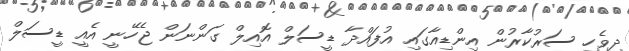
ދިވެހި ސަރުކާރުން އިންޑިއާގައި އުފައްދާ ޑީސަލް އޮއިލް ގަންނަން ޖެހޭނީ އެއީ ޑީސަލް